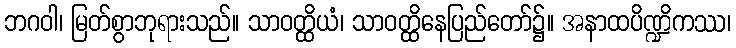
ဘဂဝါ၊ မြတ်စွာဘုရားသည်။ သာဝတ္ထိယံ၊ သာဝတ္ထိနေပြည်တော်၌။ အနာထပိဏ္ဍိကဿ၊